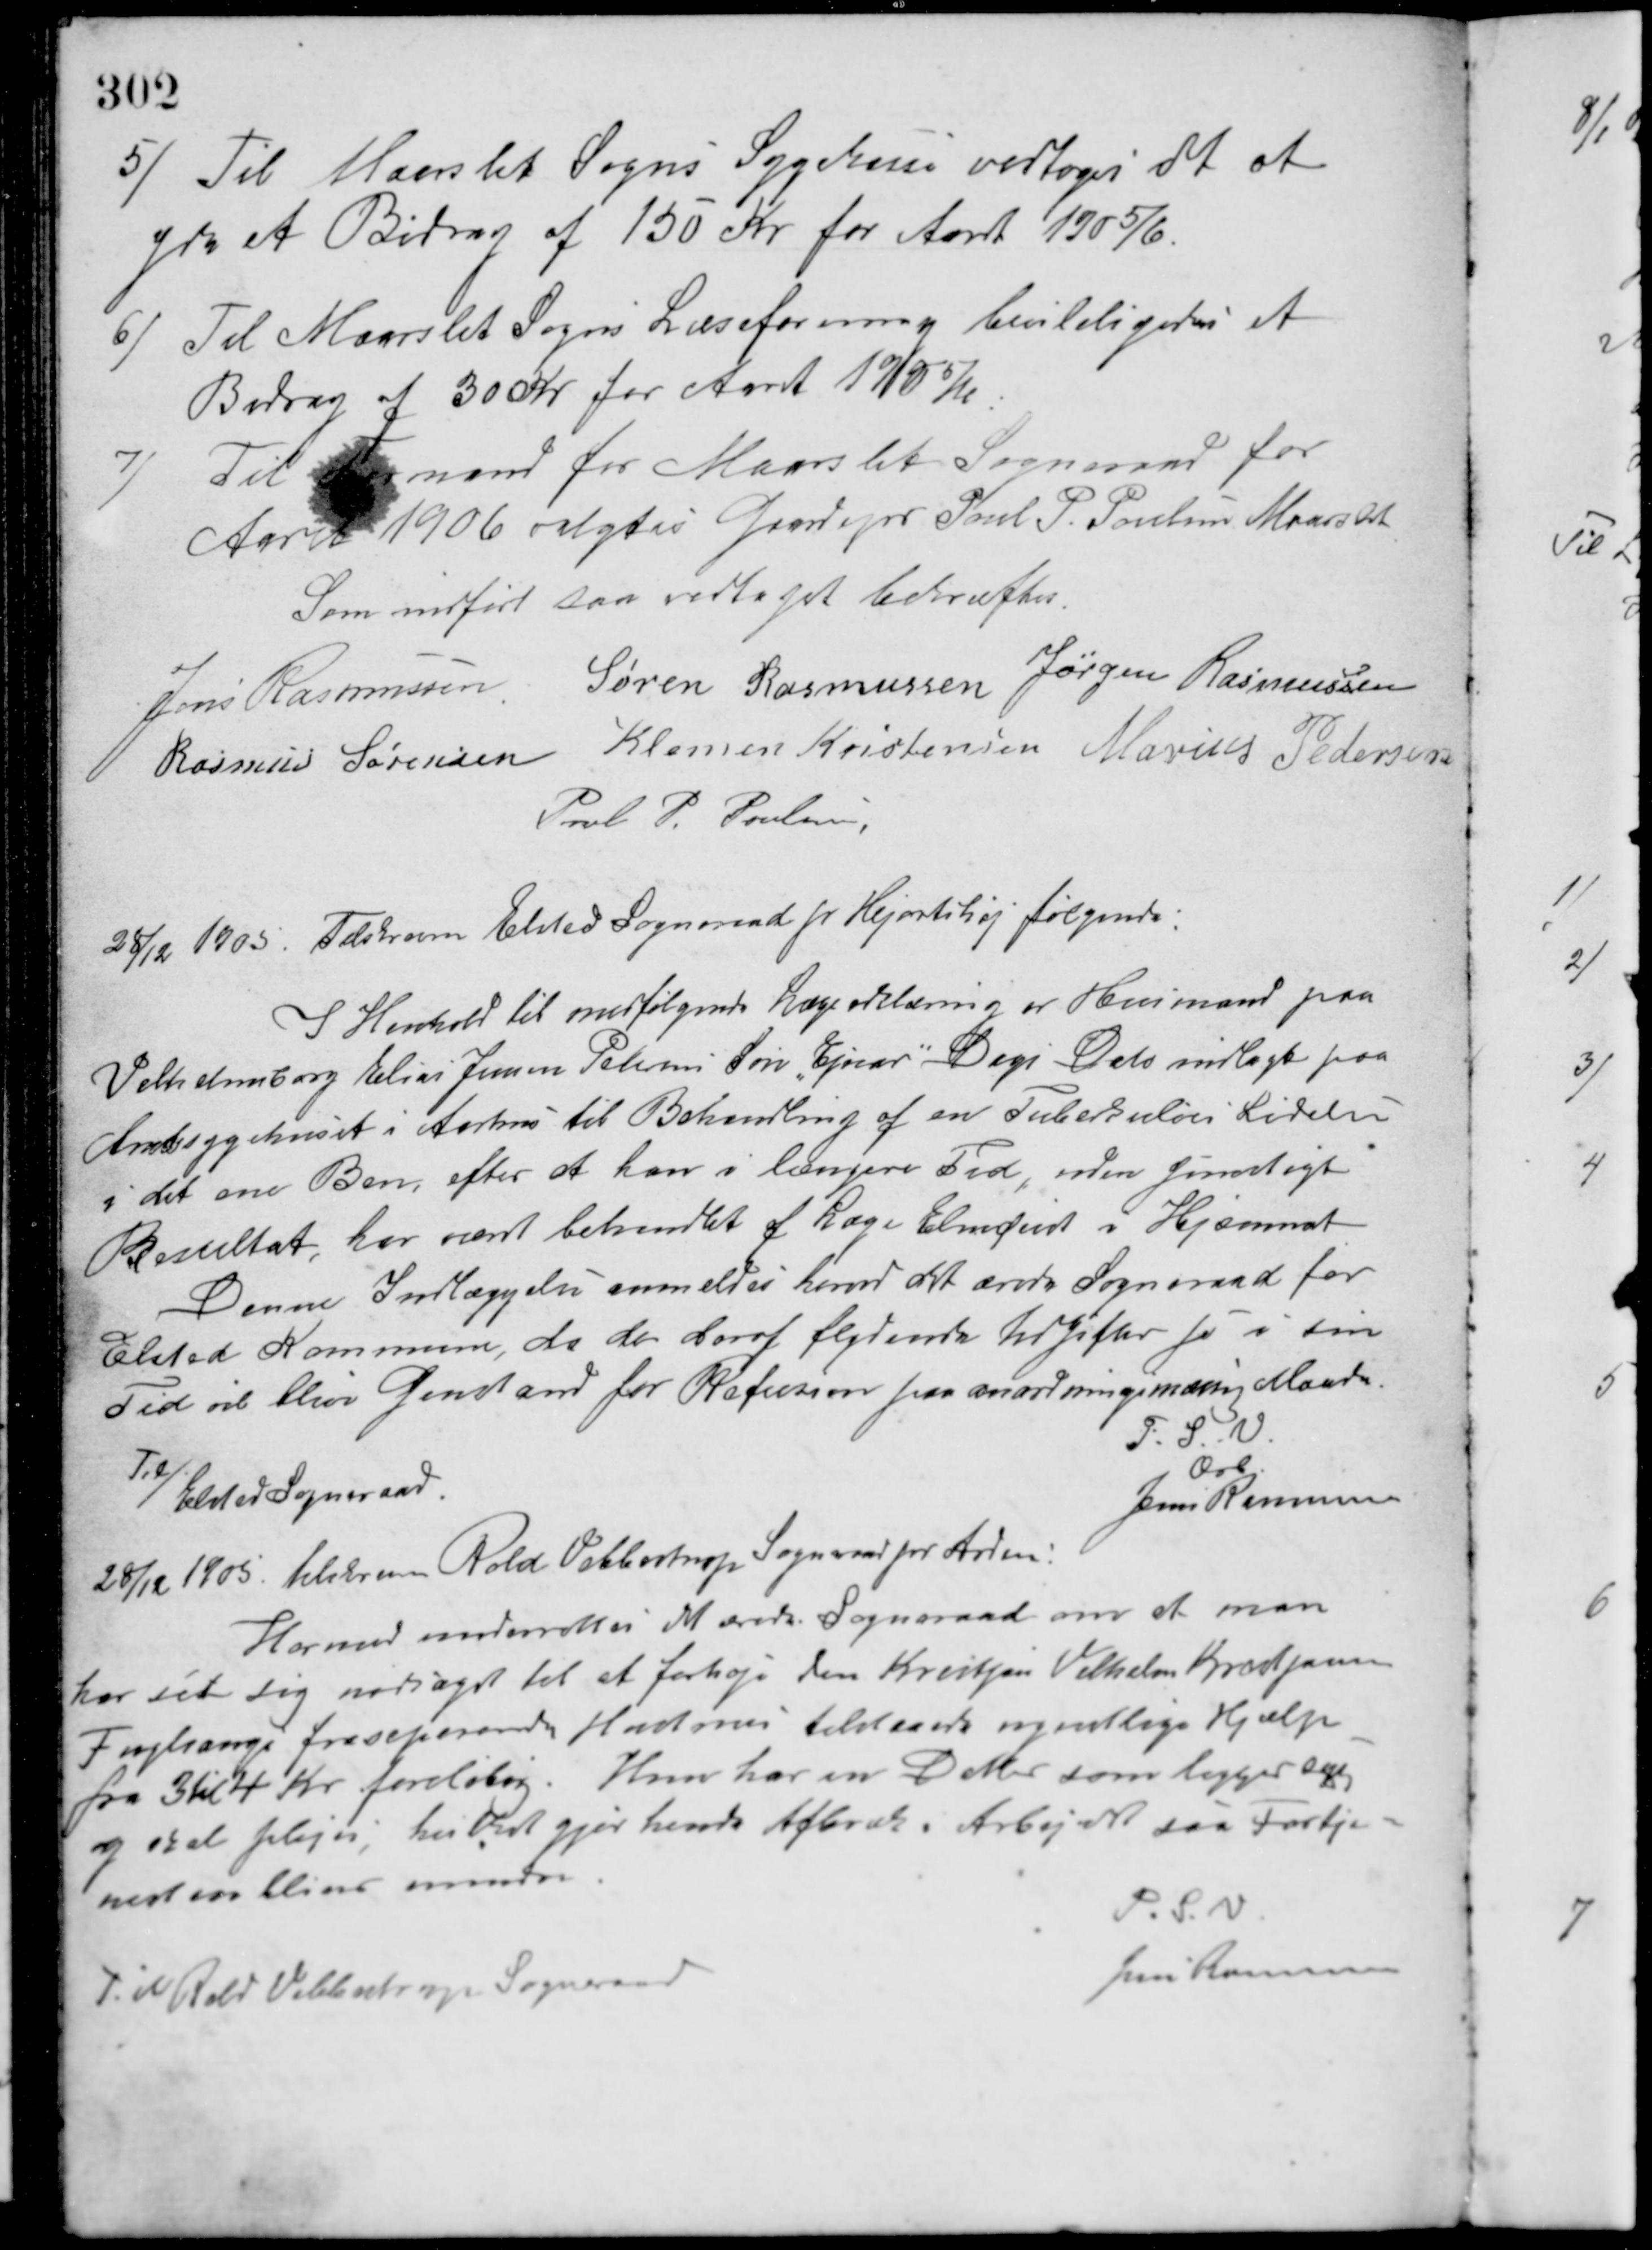
Transskription:
5/ Til Maarslet Sogns Sygekasse vedtoges det at
yde et Bidrag af 150 Kr. for Aaret 1905/6.
6/ Til Maarslet Sogns Læseforening bevildigedes et
Bidrag af 30 Kr. for Aaret 1905/6.
7/ Til Formand for Maarslet Sogneraad for
Aaret 1906 valgtes Gaardejer Poul P. Poulsen Maarslet.
Som indført saa vedtaget bekræftes.
Jens Rasmussen Søren Rasmussen Jørgen Rasmussen
Rasmus Sørensen Klemen Kristensen Marius Pedersen
Poul P. Poulsen
28/12 1905. Tilskreven Elsted Sogneraad pr. Hjortshøj følgende:
I Henhold til medfølgende Lægeerklæring er Husmand paa
Vilhelmsborg Elias Jensen Petersens Søn, Ejnar Dags Dato indlagt paa
Amtssygehuset i Aarhus til Behandling af en Tuberkuløs Lidelse
i det ene Ben, efter at han i længere Tid, uden gunstigt
Resultat, har været behandlet af Læge Elmquist i Hjemmet.
Denne Indlæggelse anmeldes herved det ærede Sogneraad for
Elsted Kommune, da de deraf flydende Udgifter jo i sin
Tid vil blive Genstand for Refusion paa anordningsmæssig Maade.
P. S. V.
Ærb.
Jens Ramussen
Til
Elsted Sogneraad.
28/12 1905. tilskreven Rold Vebbestrup Sogneraad pr. Arden:
Hermed underretter Maarslet Sogneraad om at man
har set sig nødsaget til at forhøje den Kristjan Vilhelm Kristjansen
Fuglsangs fraseparerede Hustrues tilstaaede ugentlige Hjælp
fra 3 til 4 Kr. foreløbig. Hun har en Datter som ligger syg
og skal plejes, hvilket gjør hende Afbræk i Arbejdet saa Fortje-
nesten bliver mindre.
P. S. V.
Jens Rasmussen
Til Rold Vebbestrup Sogneraad